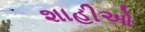
શાહીઓ